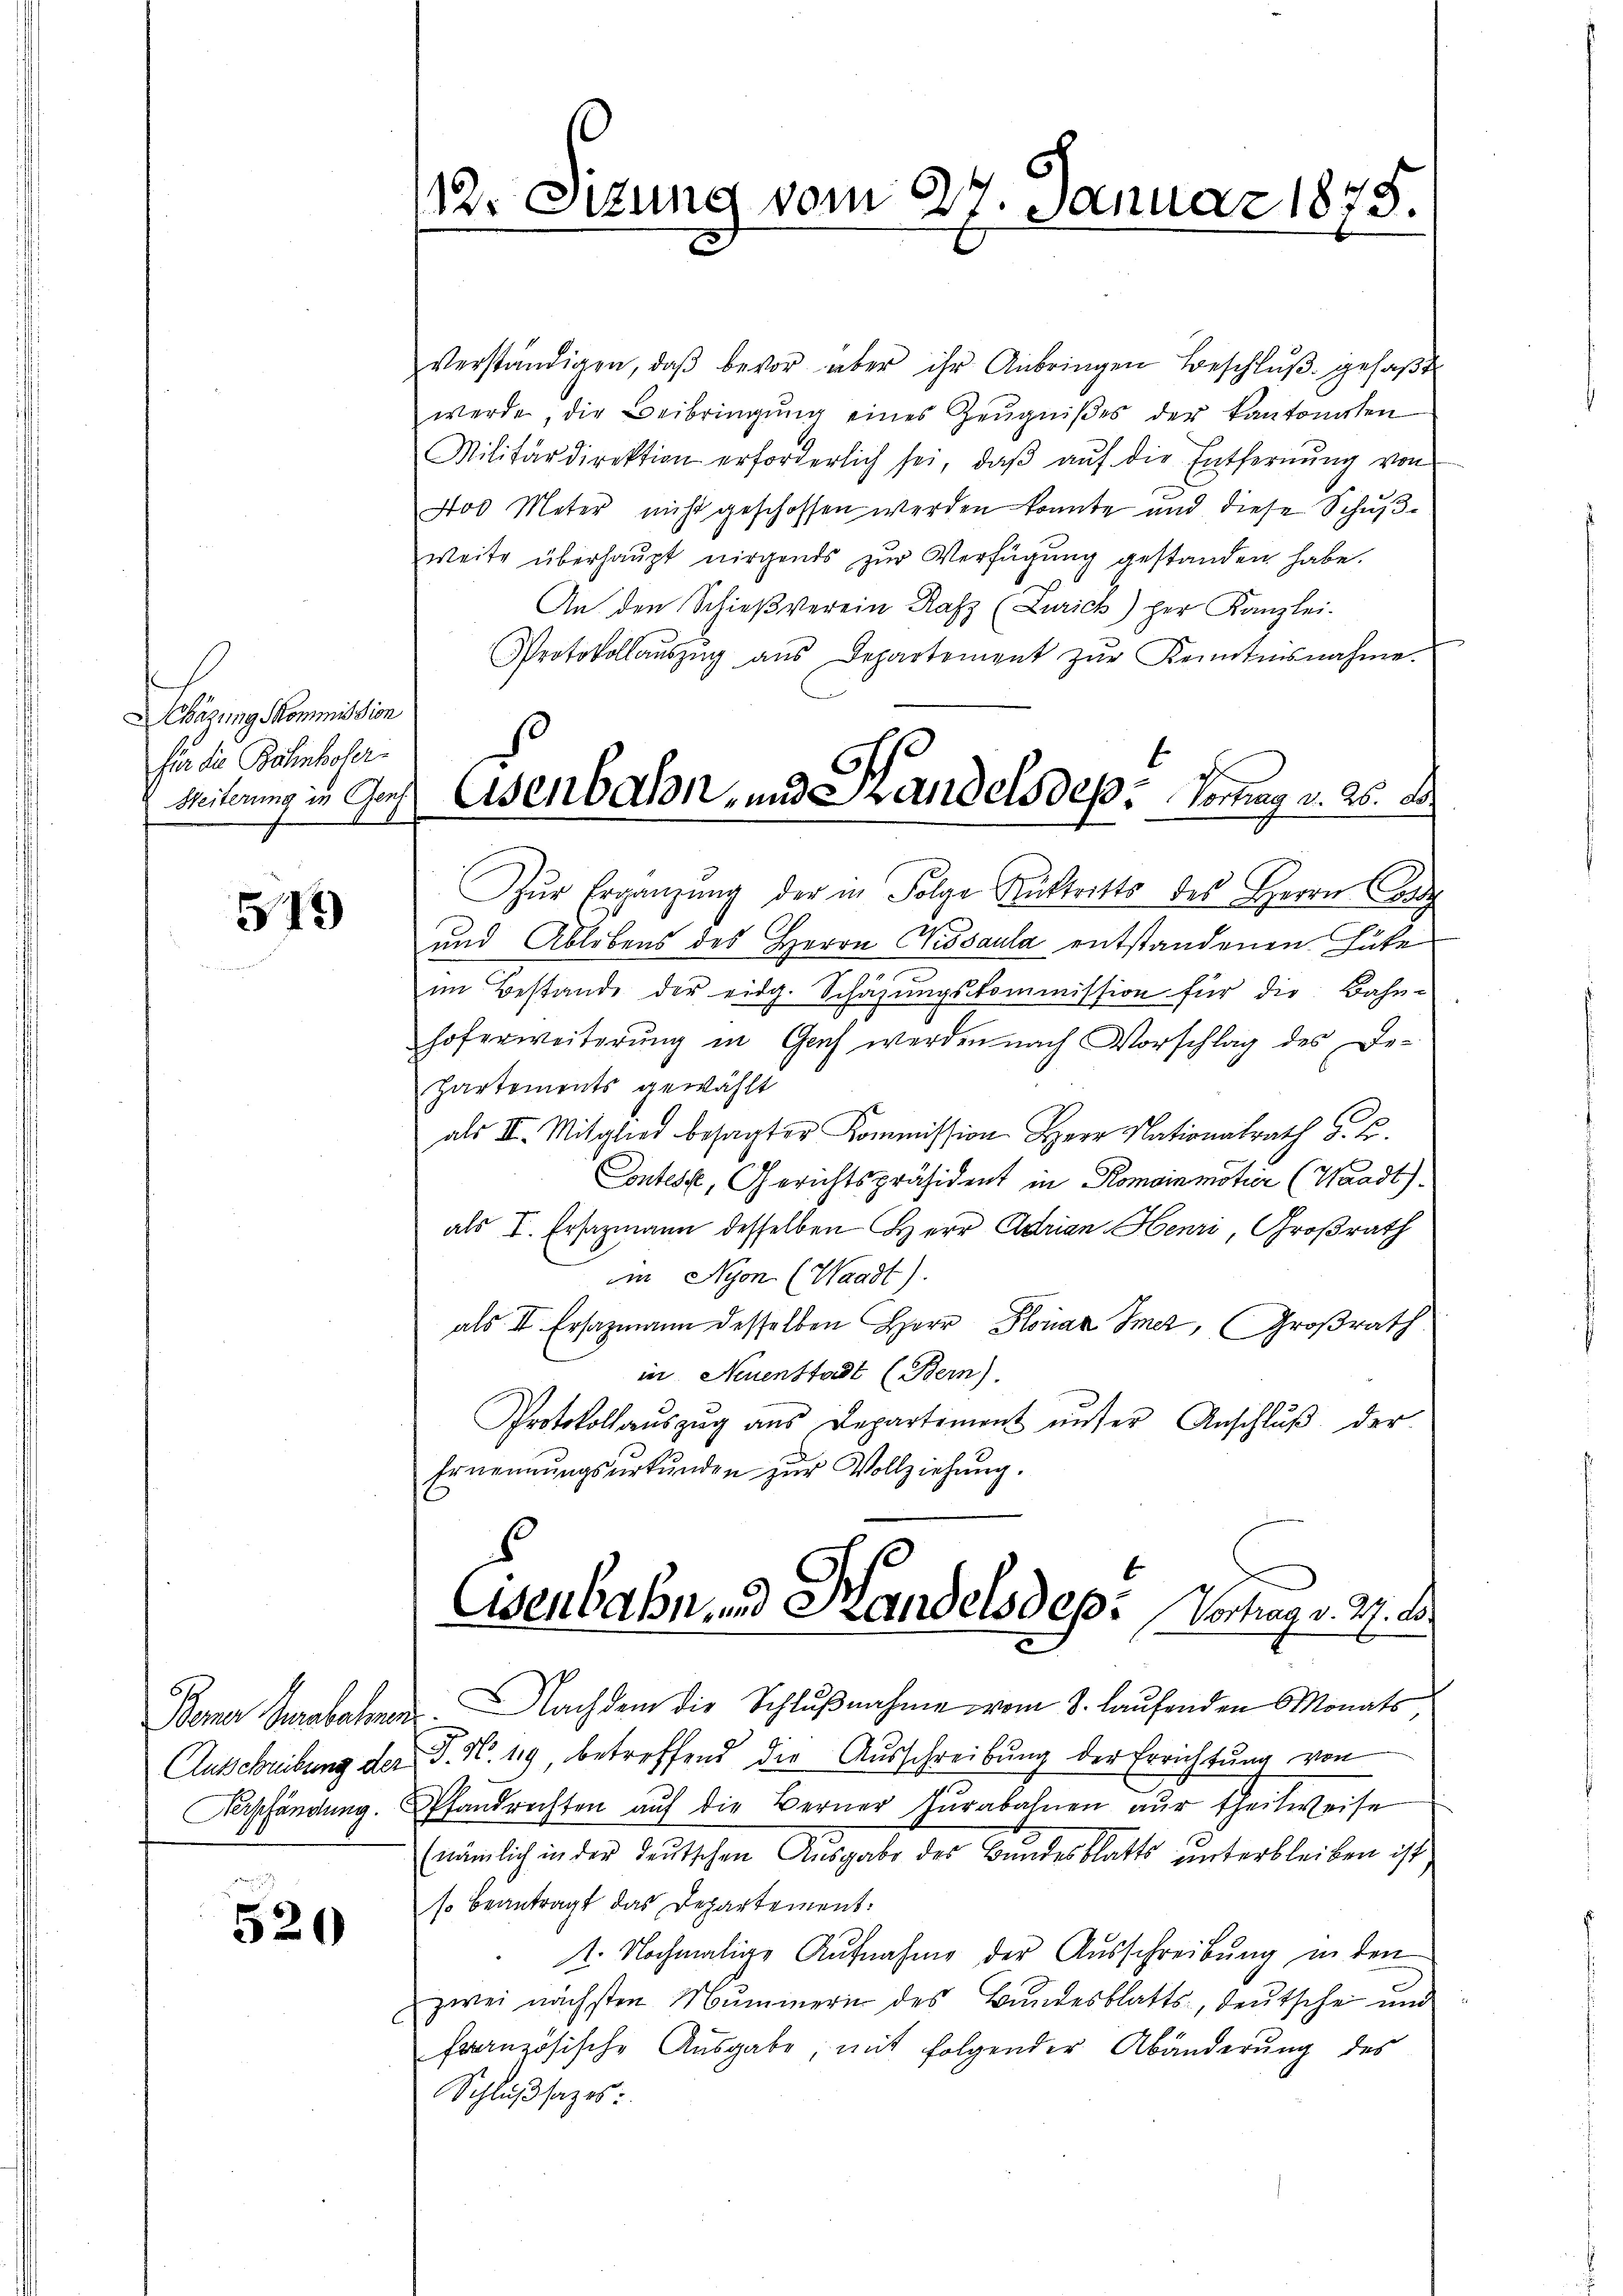
hägung Kommission
für die Bahnhofer-

513

Ausschreibung der
Verpfändung.

520

112. Sizung vom 27. Januar 1875.

verständigen, daβ bevor über ihr Anbringen Beschlŭβ gefaßt
werde, die Beibringŭng eines Zeŭgniβes der kantonalen
Militärdirektion erforderlich sei, daβ aŭf die Entfernŭng von
400 Meter nicht geschossen werden konnte und diese Schŭβ-
weite überhaupt nirgends zŭr Verfügung gestanden habe.
An den Schießverein Rafz (Zürich) per Kanzlei-
Protokollaŭszŭg aŭs Departement zŭr Kenntnisnahme.
Zŭr Ergänzŭng der in Folge Rücktritts des Herrn Conz
und Ablebens des Herrn Kissaula entstandenen Güte
im Bestande der eidg. Schazungskommission für die Bahn-
hoferweiterung in Genf werden nach Vorschlag des De-
Hartements gewählt
als III. Mitglied besagter Kommission Herr Nationalrath G. u.
Contest, Gerichtspräsident in Romainmötien (Waadt)
als I. Ersazmann desselben Herr Adrian Henri, Großrath
in Nyon (Waadt).
als II Ersazmann desselben Herr Honaz Imez, Großrath
in Neuenstadt (Bern).
Protokollaŭszŭg ans Departement unser Anschlŭβ der
Ernennŭngsŭrkŭnden zŭr Vollziehŭng.
Cisenbahn und Handelsdep: Vortrag v. 27. d.
c
Berner Grabassen. Nach dem die Schlŭβnahme vom 8. laufenden Monats,
P. No. 119, betreffend die Ausschreibung der Errichtung von
Pfandrechten aŭf die Berner Zŭrabahnen aŭs theilweise
(nämlich in der Teutschen Ausgabe des Bundesblatts ŭnterbleiben ist.
so beantragt das Departement.
1. Nochmalige Aufnahme der Aŭsschreibŭng in den
zwei nächsten Mummern des Bundesblatts, deutsche und
französische Ausgabe, mit folgender Abänderŭng des
Schlußsatzes:

Weiterung in Gas Eisenbahn- und Handelsdep: Vortrag v. 26. Der